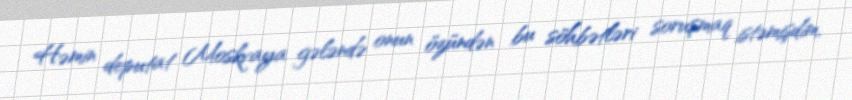
Həmin deputat Moskvaya gələndə onun özündən bu söhbətləri soruşmaq istəmişdim,